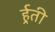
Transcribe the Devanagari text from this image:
र्र्हती